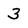
Character: 3